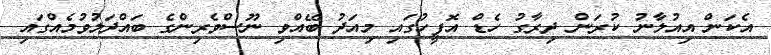
އެކަން އިއުލާނު ކުރަން ދިރާގު ހެޑް އޮފީހުގައި މިއަދު ބޭއްވި ނޫސްވެރިންގެ ބައްދަލުވުމެއްގައި